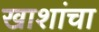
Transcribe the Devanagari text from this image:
खाशांचा